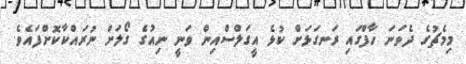
މިމެޗުގެ ދެވަނަ ހާފްގައި ރަނގަޅަށް ކުޅެ އީގަލްސްއިން ވަނީ ނިއުގެ ގޯލަށް ނުރައްކާކޮށްފައެވެ.